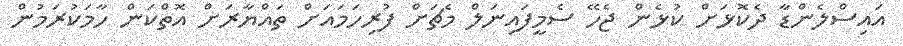
އައިސްލެންޑާ ދެކޮޅަށް ކުޅެން ޖެހޭ ސެމީފައިނަލް މެޗަށް ފުރިހަމައަށް ތައްޔާރަށް އޮތްކަން ހާމަކުރަމުން